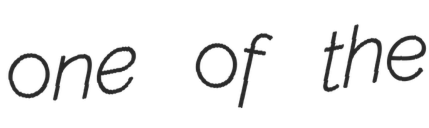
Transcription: one of the